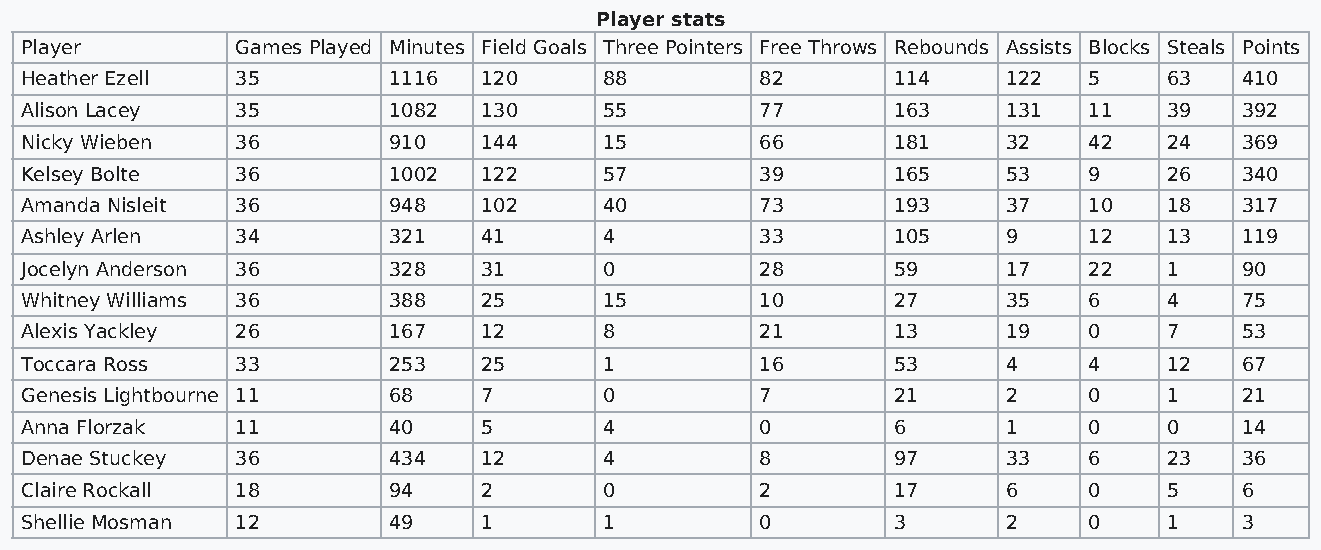
Player stats
 Player         Games Played Minutes Field Goals Three Pointers Free Throws Rebounds Assists Blocks Steals Points
 Heather Ezell  35        1116  120     88        82       114     122  5    63   410
 Alison Lacey   35        1082  130     55        77       163     131  11   39   392
 Nicky Wieben   36        910   144     15        66       181     32   42   24   369
 Kelsey Bolte   36        1002  122     57        39       165     53   9    26   340
 Amanda Nisleit 36        948   102     40        73       193     37   10   18   317
 Ashley Arlen   34        321   41      4         33       105     9    12   13   119
 Jocelyn Anderson 36      328   31      0         28       59      17   22   1    90
 Whitney Williams 36      388   25      15        10       27      35   6    4    75
 Alexis Yackley 26        167   12      8         21       13      19   0    7    53
 Toccara Ross   33        253   25      1         16       53      4    4    12   67
 Genesis Lightbourne 11   68    7       0         7        21      2    0    1    21
 Anna Florzak   11        40    5       4         0        6       1    0    0    14
 Denae Stuckey  36        434   12      4         8        97      33   6    23   36
 Claire Rockall 18        94    2       0         2        17      6    0    5    6
 Shellie Mosman 12        49    1       1         0        3       2    0    1    3